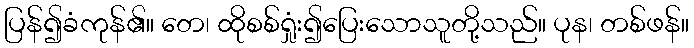
ပြန်၍ခံကုန်၏။ တေ၊ ထိုစစ်ရှုံး၍ပြေးသောသူတို့သည်။ ပုန၊ တစ်ဖန်။